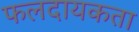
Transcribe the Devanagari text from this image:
फलदायकता